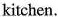
kitchen.